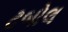
ટબોલ